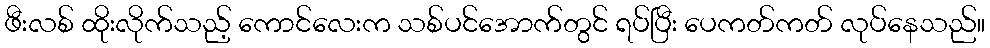
ဖီးလစ် ထိုးလိုက်သည့် ကောင်လေးက သစ်ပင်အောက်တွင် ရပ်ပြီး ပေကတ်ကတ် လုပ်နေသည်။